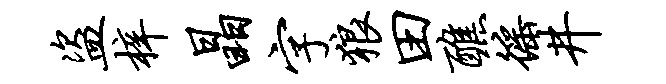
盗梓晶字狼田醮徭井